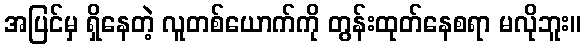
အပြင်မှ ရှိနေတဲ့ လူတစ်ယောက်ကို တွန်းထုတ်နေစရာ မလိုဘူး။